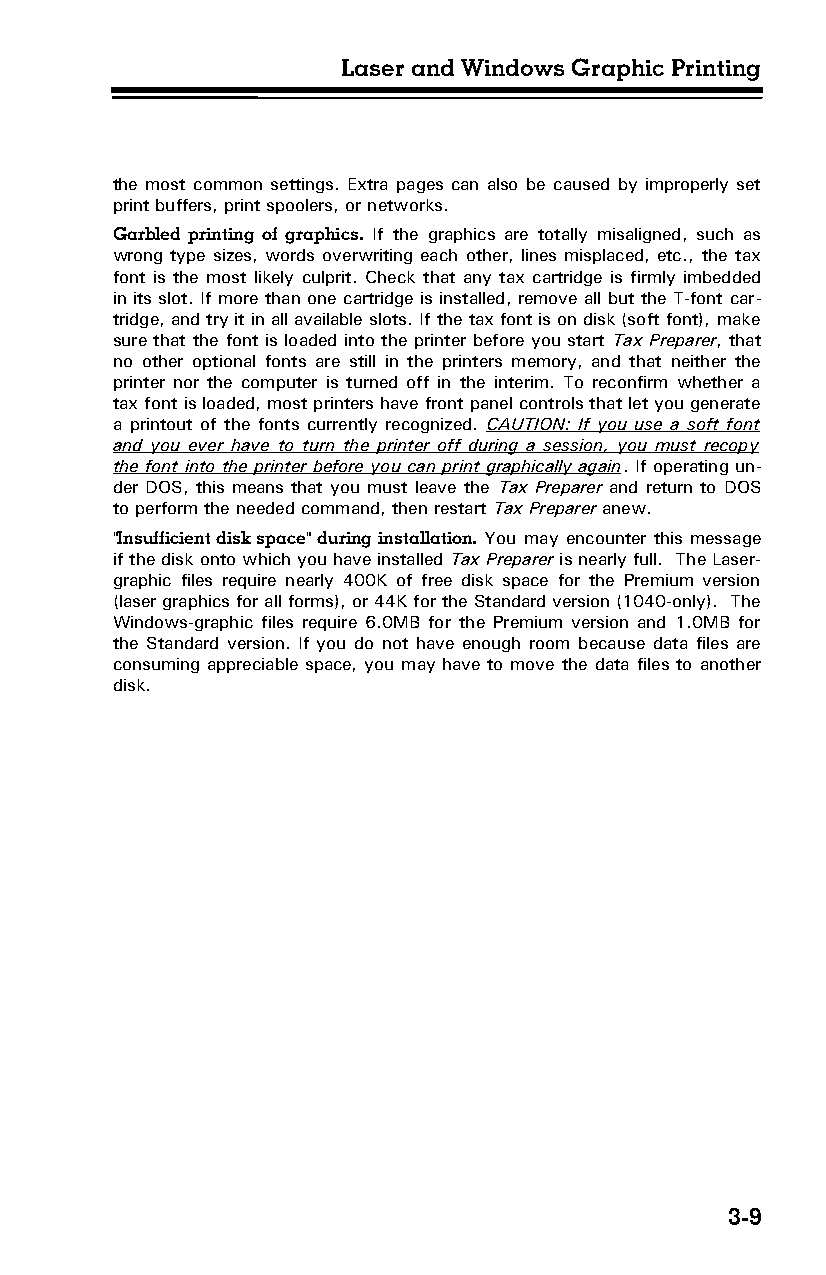
Laser and Windows Graphic Printing
 the most common settings. Extra pages can also be caused by improperly set
 print buffers, print spoolers, or networks.
 Garbled printing of graphics. If the graphics are totally misaligned, such as
 wrong type sizes, words overwriting each other, lines misplaced, etc., the tax
 font is the most likely culprit. Check that any tax cartridge is firmly imbedded
 in its slot. If more than one cartridge is installed, remove all but the T-font car­
 tridge, and try it in all available slots. If the tax font is on disk (soft font), make
 sure that the font is loaded into the printer before you start Tax Preparer, that
 no other optional fonts are still in the printers memory, and that neither the
 printer nor the computer is turned off in the interim. To reconfirm whether a
 tax font is loaded, most printers have front panel controls that let you generate
 a printout of the fonts currently recognized. CAUTION: If you use a soft font
 and you ever have to turn the printer off during a session, you must recopy
 the font into the printer before you can print graphically again. If operating un­
 der DOS, this means that you must leave the Tax Preparer and return to DOS
 to perform the needed command, then restart Tax Preparer anew.
 "Insufficient disk space" during installation. You may encounter this message
 if the disk onto which you have installed Tax Preparer is nearly full. The Laser-
 graphic files require nearly 400K of free disk space for the Premium version
 (laser graphics for all forms), or 44K for the Standard version (1040-only). The
 Windows-graphic files require 6.0MB for the Premium version and 1.0MB for
 the Standard version. If you do not have enough room because data files are
 consuming appreciable space, you may have to move the data files to another
 disk.
 3-9